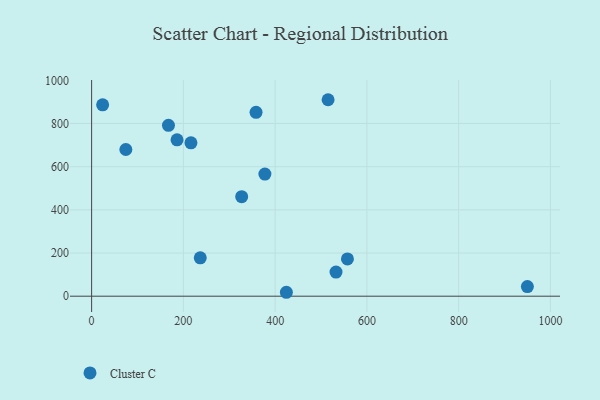
{"axis": {"x": "Study Hours", "y": "Yield"}, "legend": ["Cluster C"], "data": [{"x": "24.0", "y": 886.4, "type": "Cluster C"}, {"x": "186.2", "y": 724.3, "type": "Cluster C"}, {"x": "377.7", "y": 565.8, "type": "Cluster C"}, {"x": "167.5", "y": 791.4, "type": "Cluster C"}, {"x": "515.4", "y": 910.1, "type": "Cluster C"}, {"x": "557.6", "y": 172.8, "type": "Cluster C"}, {"x": "74.6", "y": 679.6, "type": "Cluster C"}, {"x": "236.8", "y": 177.6, "type": "Cluster C"}, {"x": "949.8", "y": 44.8, "type": "Cluster C"}, {"x": "532.7", "y": 111.9, "type": "Cluster C"}, {"x": "216.5", "y": 710.6, "type": "Cluster C"}, {"x": "358.4", "y": 851.7, "type": "Cluster C"}, {"x": "327.1", "y": 461.2, "type": "Cluster C"}, {"x": "424.5", "y": 18.2, "type": "Cluster C"}]}